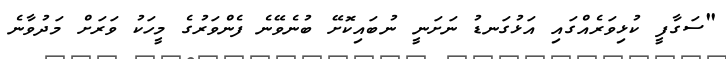
"ސަގާފީ ކުޅިވަރެއްގައި އަޅުގަނޑު ނަށަނީ ނުބައިކޮށޭ ބުނެވޭނެ ފެންވަރުގެ މީހަކު ވަރަށް މަދުވާނެ